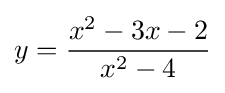
y={\frac {x^{2}-3x-2}{x^{2}-4}}